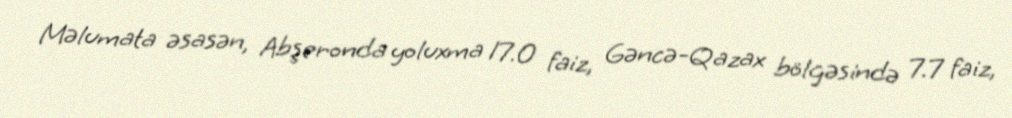
Məlumata əsasən, Abşeronda yoluxma 17.0 faiz, Gəncə-Qazax bölgəsində 7.7 faiz,